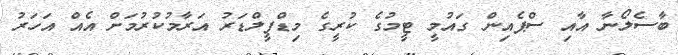
ބާސެލޯނާ އާއި ސްޕެއިން ގައުމީ ޓީމުގެ ކުރީގެ މިޑްފީލްޑަރު އަރާމުކުރުމަށް އެއް އަހަރު